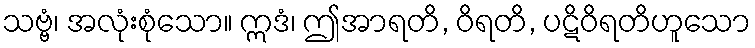
သဗ္ဗံ၊ အလုံးစုံသော။ ဣဒံ၊ ဤအာရတိ, ဝိရတိ, ပဋိဝိရတိဟူသော